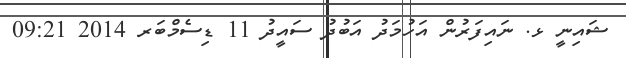
ޝައިނީ ޅ. ނައިފަރުން އަހުމަދު އަބުދު ސައީދު 11 ޑިސެމްބަރ 2014 09:21